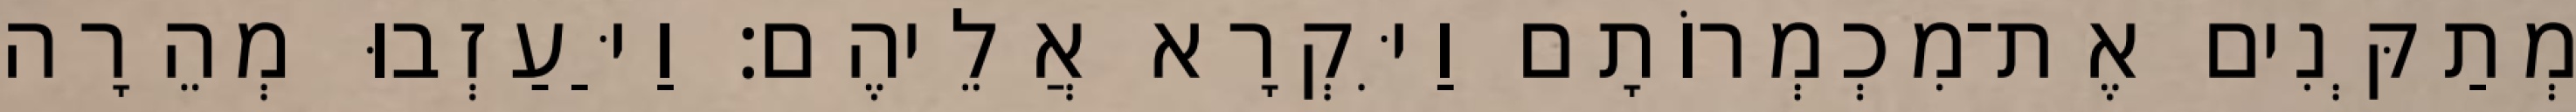
מְתַקְּנִים אֶת־מִכְמְרוֹתָם וַיִּקְרָא אֲלֵיהֶם׃ וַיַּעַזְבוּ מְהֵרָה